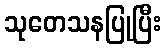
သုတေသနပြုပြီး